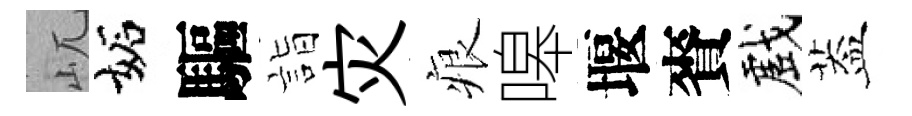
屼妬驅詣灾痕嗥堰賚戲葢